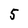
Character: 5